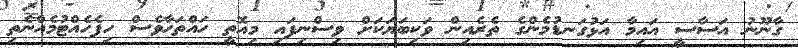
ގާނޫނު އަސާސީ އައިމާ އަޅުގަނޑުމެންގެ ތެރެއިން ވަކިބަޔަކަށް ވިސްނިފައި މިއޮތީ ހައްތަހާވެސް ހިފެހެއްޓުމެއްނެތި